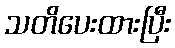
သတိပေးထားပြီး